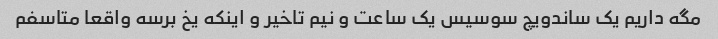
مگه داریم یک ساندویچ سوسیس یک ساعت و نیم تاخیر و اینکه یخ برسه واقعا متاسفم